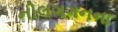
નીલગગનના